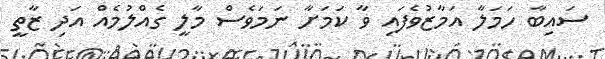
ސައިބާ ހަމަލާ އަމާޒުވެފައި ވާ ކަމަށާ ނަމަވެސް މާލީ ގެއްލުމެއް އަދި ޒާތީ